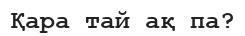
Қара тай ақ па?